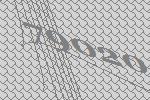
79020